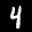
Label: 4